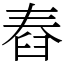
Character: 舂